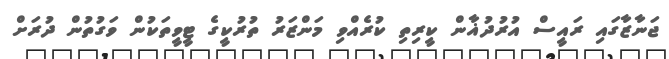
ޖަނާޒާގައި ރައީސް އުރުދުޣާން ކީރިތި ކުރެއްވި މަންޒަރު ތުރުކީގެ ޓީވީތަކުން ވަގުތުން ދުރަށް